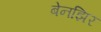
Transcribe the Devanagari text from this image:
बेनझिर